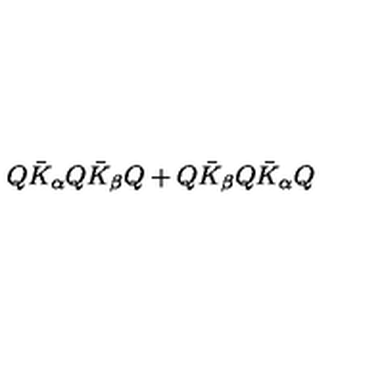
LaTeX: Q \bar { K } _ { \alpha } Q \bar { K } _ { \beta } Q + Q \bar { K } _ { \beta } Q \bar { K } _ { \alpha } Q